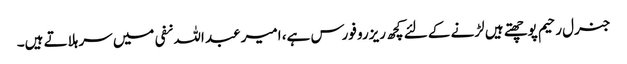
جنرل رحیم پوچھتے ہیں لڑنے کے لئے کچھ ریزرو فورس ہے، امیر عبد اللہ نفی میں سر ہلاتے ہیں۔